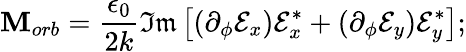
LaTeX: \mathbf{M}_{orb}=\frac{{\epsilon_{0}}}{{2k}}\mathfrak{{Im}}\left[(\partial_{\phi}\mathcal{{E}}_{x})\mathcal{{E}}_{x}^{*}+(\partial_{\phi}\mathcal{{E}}_{y})\mathcal{{E}}_{y}^{*}\right];